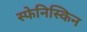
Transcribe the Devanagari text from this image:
स्फेनिस्किन